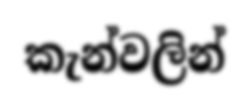
කැන්වලින්